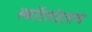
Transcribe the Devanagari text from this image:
स्कॉटलंडातच